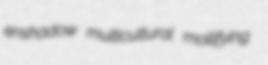
enshadow multicultural mollifying